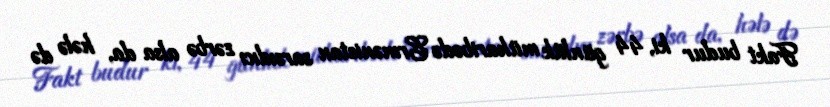
Fakt budur ki, 44 günlük müharibədə Ermənistan sarsıdıcı zərbə alsa da, hələ də